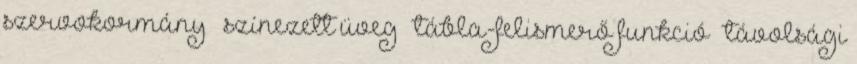
szervokormány – színezett üveg – tábla-felismerő funkció – távolsági